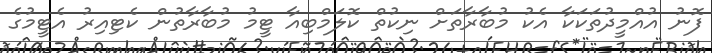
ފޮނު އުއްމީދުތަކަކާ އެކު މުބާރާތަށް ނިކުތް ކޮލަމްބިއާ ޓީމު މުބާރާތުން ކެޓިއިރު އެޓީމުގެ